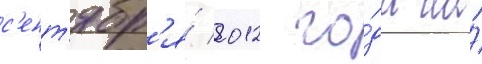
с'ент'ябр'я́ 2012 го́да на́